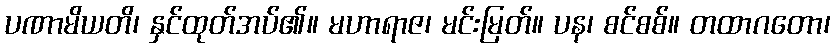
ပဏာမိယတိ၊ နှင်ထုတ်အပ်၏။ မဟာရာဇ၊ မင်းမြတ်။ ပန၊ စင်စစ်။ တထာဂတော၊